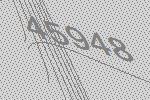
45948